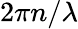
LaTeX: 2\pi n/\lambda